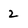
Character: 2